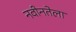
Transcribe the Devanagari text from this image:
नवीनतेला